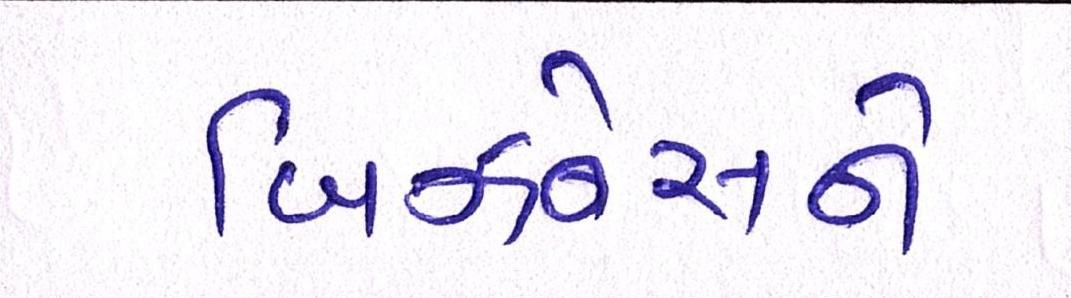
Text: બિઝનેસને